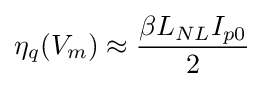
\eta _{q}(V_{m})\approx {\frac {\beta L_{NL}I_{p0}}{2}}